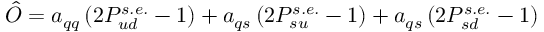
\hat { \cal O } = a _ { q q } \left( 2 P _ { u d } ^ { s . e . } - 1 \right) + a _ { q s } \left( 2 P _ { s u } ^ { s . e . } - 1 \right) + a _ { q s } \left( 2 P _ { s d } ^ { s . e . } - 1 \right)